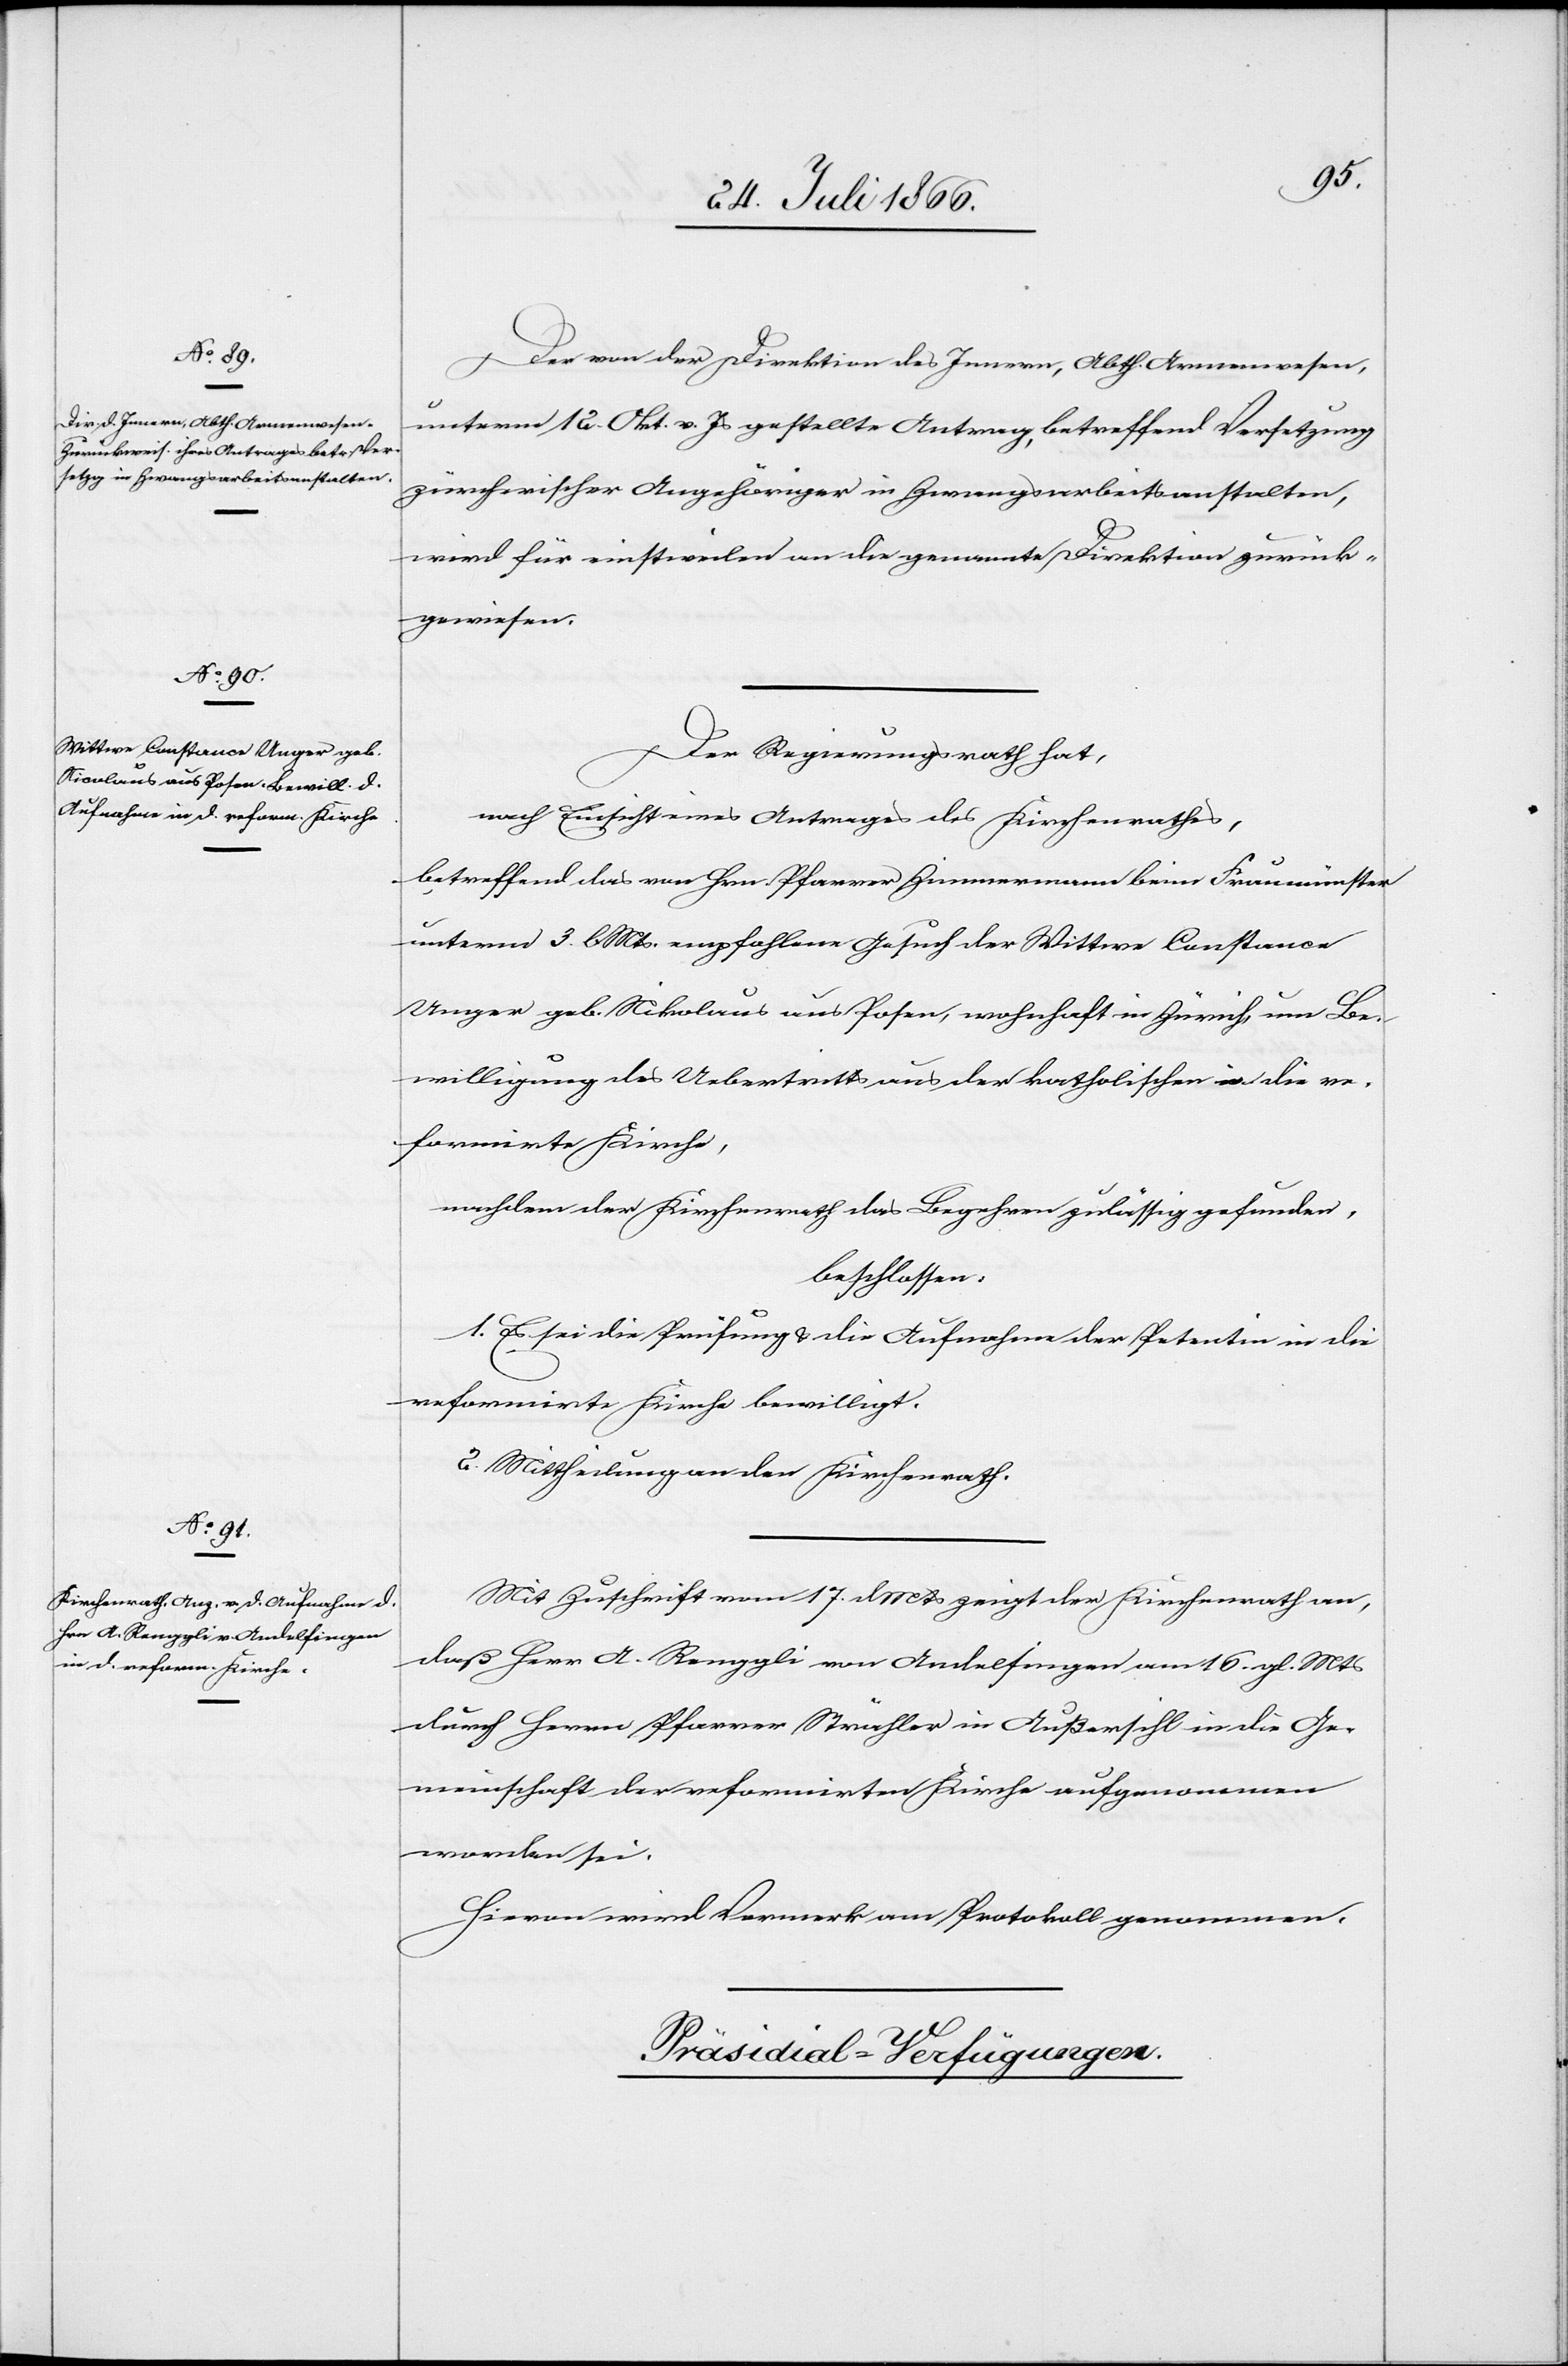
Der von der Direktion des Innern, Abth. Armenwesen
unterm 12. Okt. v. Js. gestellte Antrag, betreffend Versetzung
zürcherischer Angehöriger in Zwangsarbeitsanstalten,
wird für einstweilen an die genannte Direktion zurück¬
gewiesen.
Der Regierungsrath hat,
nach Einsicht eines Antrages des Kirchenrathes,
betreffend das von Hrn. Zimmermann beim Fraumünster
unterm 3. l Mts. empfohlene Gesuch der Wittwe Constanca
Bewilligung des Uebertritts aus der katholischen in die re¬
formirte Kirche,
nachdem der Kirchenrath das Begehren zulässig gefunden,
beschlossen:
1. Es sei die Prüfung u. die Aufnahme der Petentin in die
reformirte Kirche bewilligt.
2. Mittheilung an den Kirchenrath.
Mit Zuschrift vom 17. d Mts zeigt der Kirchenrath an,
daß Herr A. Kenggli von Andelfingen am 16 gl. Mts
durch Herrn Pfarrer Strähler in Außersihl in die Ge¬
meinschaft der reformirten Kirche aufgenommen
worden sei.
Hievon wird Vormerk am Protokoll genommen.
Präsidial-Verfügungen.